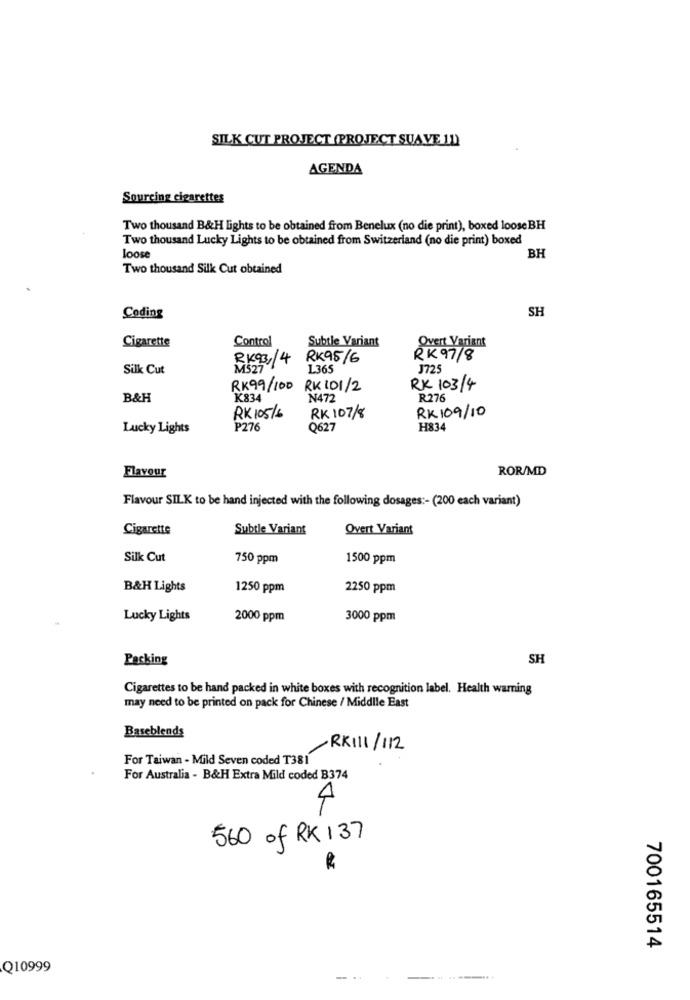
SILK CUT PROJECT (PROJECT SUAVE 11)
AGENDA
Sourcing cigarettes
Two thousand B&H lights to be obtained from Benelux (no die print), boxed loose BH
Two thousand Lucky Lights to be obtained from Switzerland (no die print) boxed
loose
BH
Two thousand Silk Cut obtained
SH
Coding
Cigarette
Subtle Variant
Overt Variant
Control
RK93,14
RK95/6
RK 97/8
Silk Cut
M527
1365
J725
RK99/100
RK 101/2
RX 103/4
B&H
K834
N472
R276
RK 105/6
RK 107/8
RK 109/10
Lucky Lights
P276
Q627
H834
Flavour
ROR/MD
Flavour SILK to be hand injected with the following dosages :- (200 each variant)
Cigarette
Subtle Variant
Overt Variant
Silk Cut
750 ppm
1500 ppm
B&H Lights
1250 ppm
2250 ppm
Lucky Lights
2000 ppm
3000 ppm
Packing
SH
Cigarettes to be hand packed in white boxes with recognition label. Health warning
may need to be printed on pack for Chinese / Middle East
Baseblends
RKI11/ 112
For Taiwan - Mild Seven coded T381
For Australia - B&H Extra Mild coded B374
4
560 of RK 137
700165514
Q10999
-.